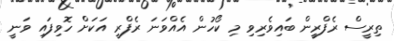
ތިރީސް ރެފްރީން ބައިވެރިވި މި ކޯހުން އެއްވަނަ ރެފްރީ އަކަށް ހޮވިފައި ވަނީ